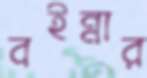
বইন্নার